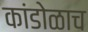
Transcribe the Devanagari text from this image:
कांडोळाच